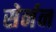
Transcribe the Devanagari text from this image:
सेर्नन